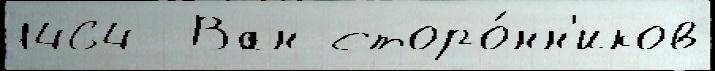
1464  Ван сторо́нн'иков